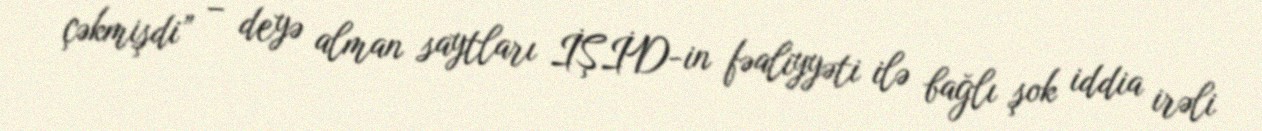
çəkmişdi” – deyə alman saytları İŞİD-in fəaliyyəti ilə bağlı şok iddia irəli